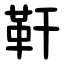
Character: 靬